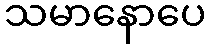
သမာနောပေ